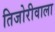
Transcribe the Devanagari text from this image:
तिजोरीवाला